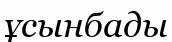
ұсынбады